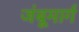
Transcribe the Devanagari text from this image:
जंबूमार्ग